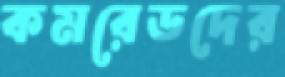
কমরেডদের